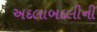
અદલાબદલીની